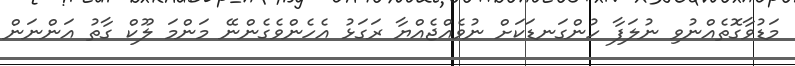
މަޑުވާގޮތެއްނުވި ނުލަފާ ހުންގަނޑަކަށް ނުވެއްޖެއްޔާ ރަގަޅު އެހެންވެގެންނޭ މަންމަ ލޫކް ގާތު އަންނަން